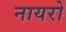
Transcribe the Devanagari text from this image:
नायरो